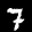
Label: 7